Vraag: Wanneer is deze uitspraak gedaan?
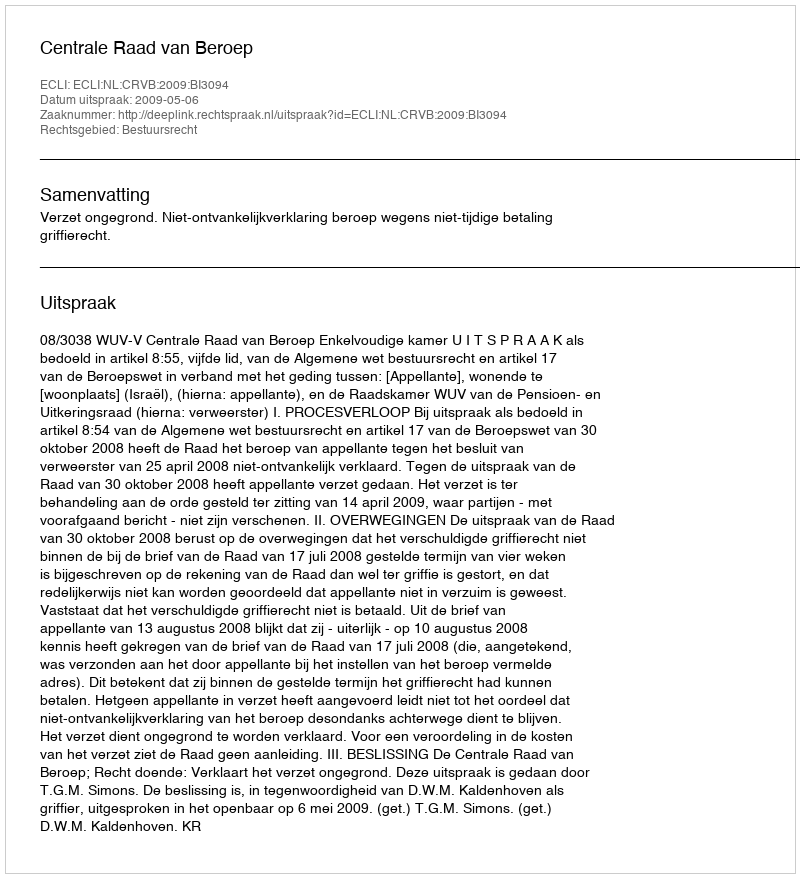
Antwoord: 2009-05-06